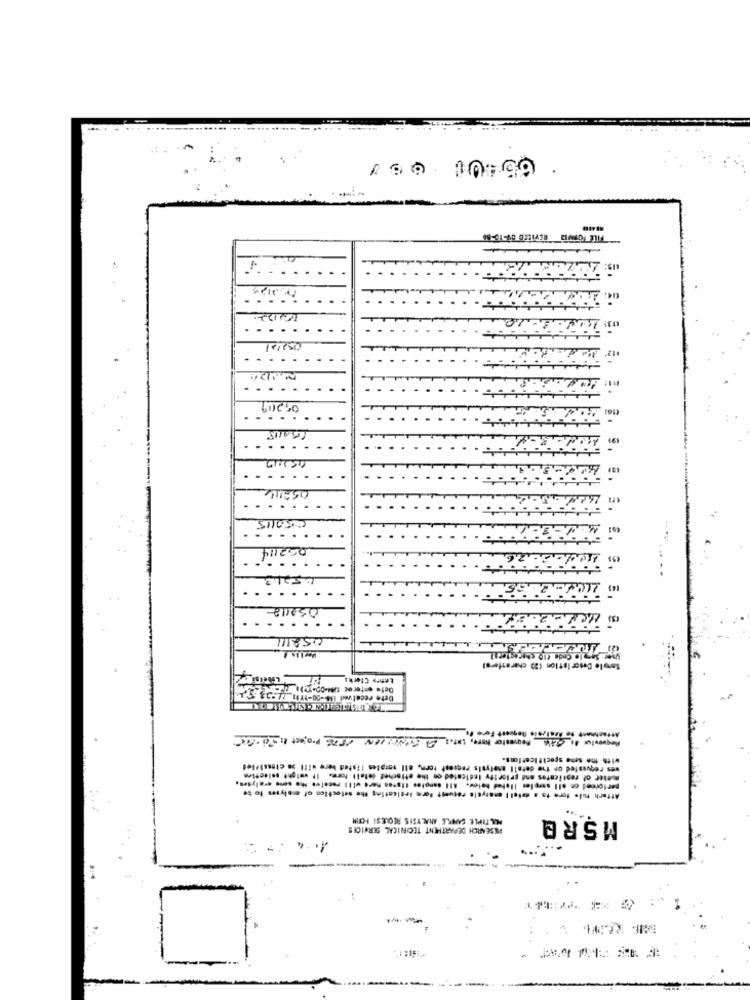
·65401 651
TILL LOWD REVILIG 0V-10-56
-1-10 -
05211
Sample Descr Istion (20 characters)
Lethe Clerks
Dete received 114-00-1111_14 -- 53-551
Requestor to talk Requestor More, INT. ] ASUNCION 1876 Project 6
with the sene specificetfans.
wes requested on the detall thatysis request torm, ell samples listed here will se classified
meier of repilentes and priority Indicated on the ettachet delall form. IF wmight selection
Attach tule fore to a datell enatyela request form Indicating the selection of calyses to te
parlormed on all samples listed below. All samples Ilsten here will receive the sono erelytes,
PEL TIPLE SAMPLE ANALYSIS REQUESI ION
MSRE
RESEARCH DEPARTMENT TECHNICAL SERVICES
-